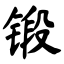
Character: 锻